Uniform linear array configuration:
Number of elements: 8
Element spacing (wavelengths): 1
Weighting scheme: blackman
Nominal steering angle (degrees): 15
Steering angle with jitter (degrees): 13.247
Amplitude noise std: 0.05
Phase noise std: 0.05

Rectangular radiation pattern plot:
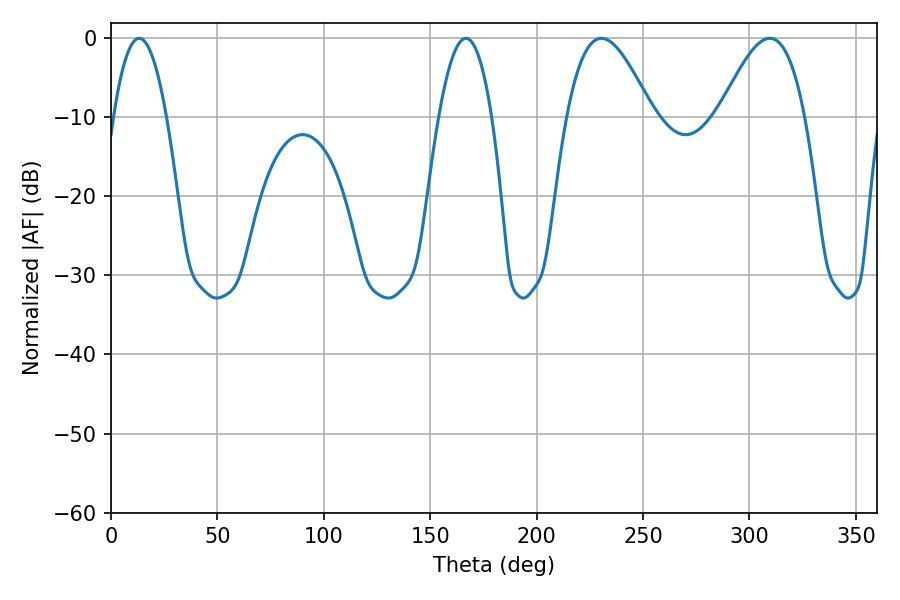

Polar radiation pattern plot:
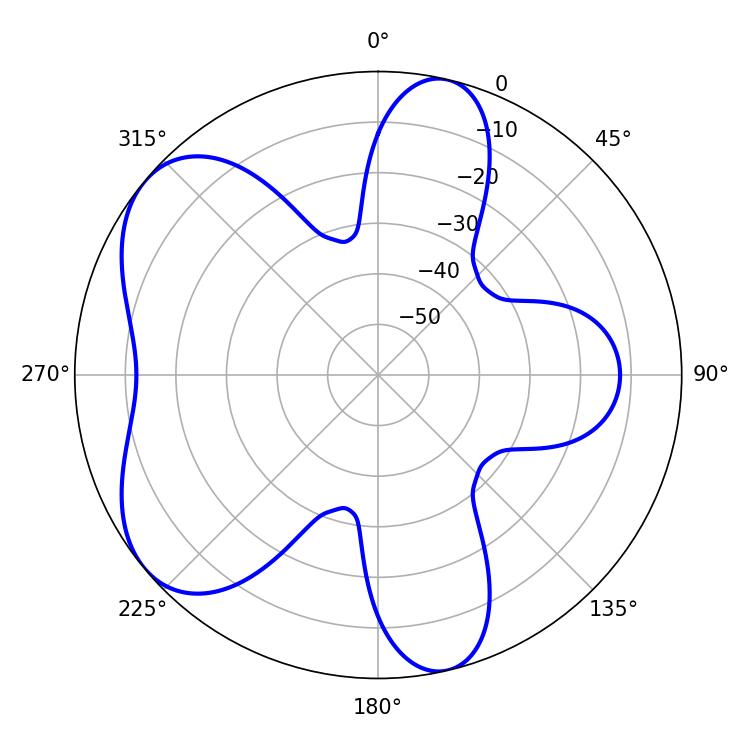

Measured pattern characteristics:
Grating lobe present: TRUE
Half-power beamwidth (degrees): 21.78
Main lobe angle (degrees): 230.4